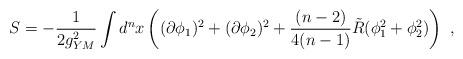
LaTeX: \begin{align*}S = -{1 \over 2g_{YM}^2} \int d^n x \left( (\partial \phi_1)^2 +(\partial \phi_2)^2 + {(n-2) \over 4(n-1)} \tilde{R}(\phi_1^2+\phi_2^2)\right) \ , \end{align*}